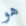
هو